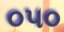
૦૫૦